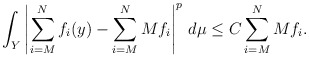
\begin{align*}\int_Y \left|\sum_{i=M}^N f_i (y) - \sum_{i=M}^N Mf_i \right|^p \, d\mu \le C \sum_{i=M}^N Mf_i.\end{align*}